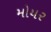
મોયર